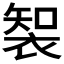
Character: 𮖑